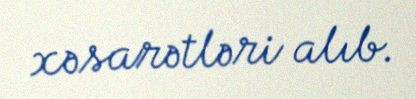
xəsarətləri alıb.